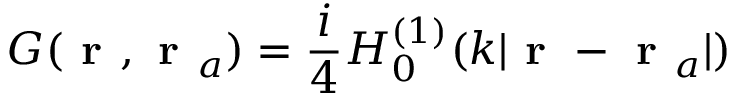
G ( \textbf { r } , \textbf { r } _ { a } ) = \frac { i } { 4 } H _ { 0 } ^ { ( 1 ) } ( k | \textbf { r } - \textbf { r } _ { a } | )